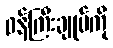
ဝန်ကြီးချုပ်ကို